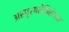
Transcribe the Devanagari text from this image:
अस्पृश्यतेविरोधात